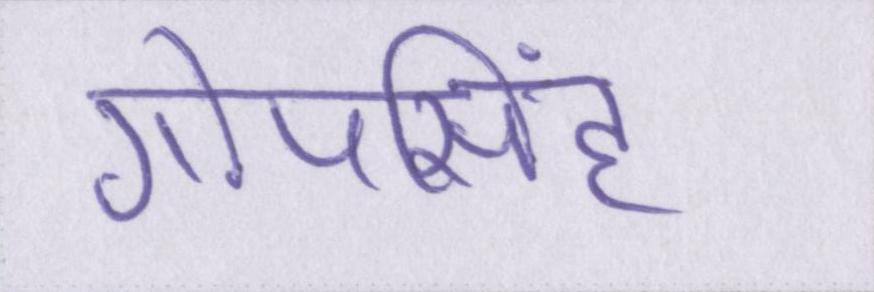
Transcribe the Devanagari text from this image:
गोपसिंह